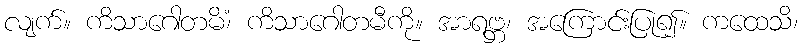
လျက်။ ကိသာဂေါတမိံ၊ ကိသာဂေါတမီကို။ အာရဗ္ဘ၊ အကြောင်းပြု၍။ ကထေသိ၊